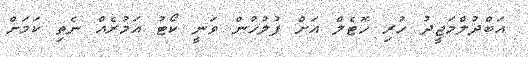
އަބްދުލްމަޖީދު ހުރި ހޮޓެލް އަށް ފުލުހުން ވަނީ ކޯޓު އަމުރެއް ނެތި ކަމަށް